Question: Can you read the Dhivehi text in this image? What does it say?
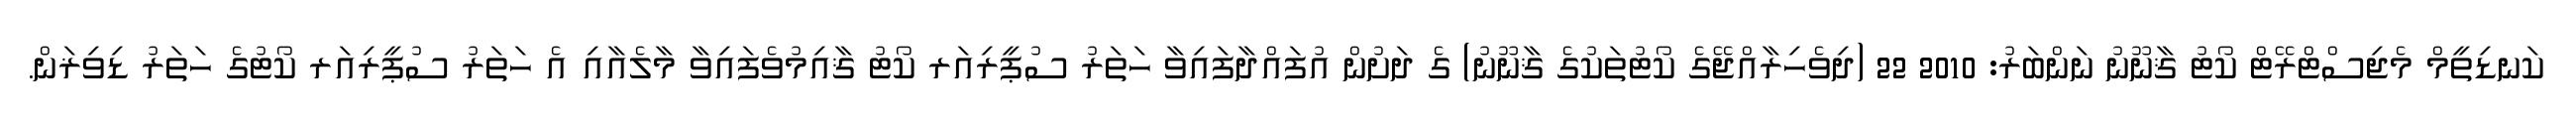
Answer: ކަނޑިތީމް މެޖިސްޓްރޭޓް ކޯޓު ޤާނޫނު ނަންބަރު: 2010 22 (ދިވެހިރާއްޖޭގެ ކޯޓުތަކުގެ ޤާނޫނު) ގެ ދަށުން އުފައްދާފައިވާ ހަތަރު ސުޕީރިއަރ ކޯޓު ޤާއިމުވެފައިވާ މާލެއާއި އެ ހަތަރު ސުޕީރިއަރ ކޯޓުގެ ހަތަރު ޑިވިޜަން.